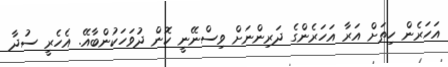
އަހަރެން ހިތަށް އަރާ އަހަރެންގެ ދަރިންނަށް ވިސްނޭނީ ކޮން ދުވަހަކުންބާއޭ. އެހެރީ ސުދާ